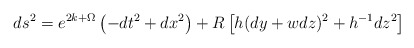
\begin{align*}ds^2 =e^{2k +\Omega} \left( -dt^2 +dx^2 \right)+R \left[ h (dy + w dz)^2 +h^{-1} dz^2 \right]\end{align*}